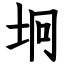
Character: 坰